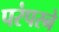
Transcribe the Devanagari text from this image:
परंपरने